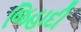
જિહાદી